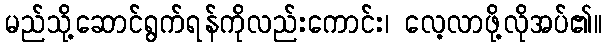
မည်သို့ဆောင်ရွက်ရန်ကိုလည်းကောင်း၊ လေ့လာဖို့လိုအပ်၏။